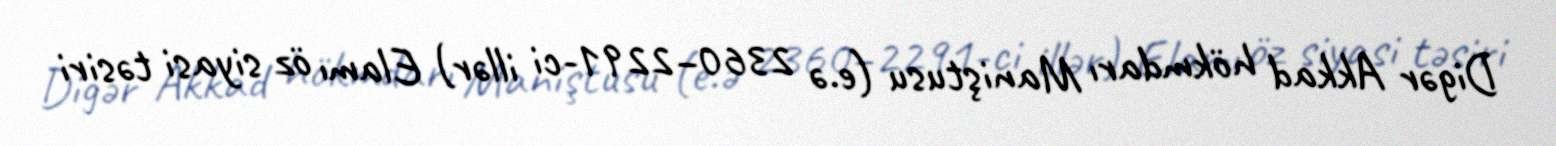
Digər Akkad hökmdarı Maniştusu (e.ə 2360–2291-ci illər) Elamı öz siyasi təsiri